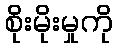
စိုးမိုးမှုကို